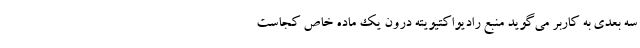
سه بعدی به کاربر می‌گوید منبع رادیواکتیویته درون یک ماده خاص کجاست